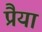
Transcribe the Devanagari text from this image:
प्रैया